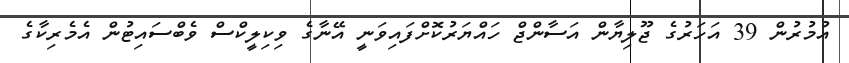
އުމުރުން 39 އަހަރުގެ ޖޫލިޔާން އަސާންޖް ހައްޔަރުކޮށްފައިވަނީ އޭނާގެ ވިކިލީކްސް ވެބްސައިޓުން އެމެރިކާގެ